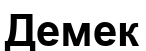
Демек